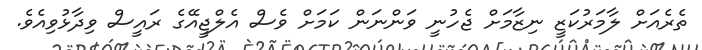
ތެރެއަށް ލާމަރުކަޒީ ނިޒާމަށް ޖެހުނީ ވަންނަން ކަމަށް ވެސް އެލްޖީއޭގެ ރައީސް ވިދާޅުވިއެވެ.